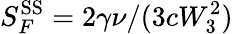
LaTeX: S_{F}^{\textrm{SS}}=2\gamma\nu/(3cW_{3}^{2})